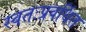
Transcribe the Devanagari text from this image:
स्वतःप्रवर्धित